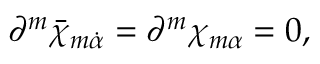
\partial ^ { m } \bar { \chi } _ { m \dot { \alpha } } = \partial ^ { m } \chi _ { m \alpha } = 0 ,